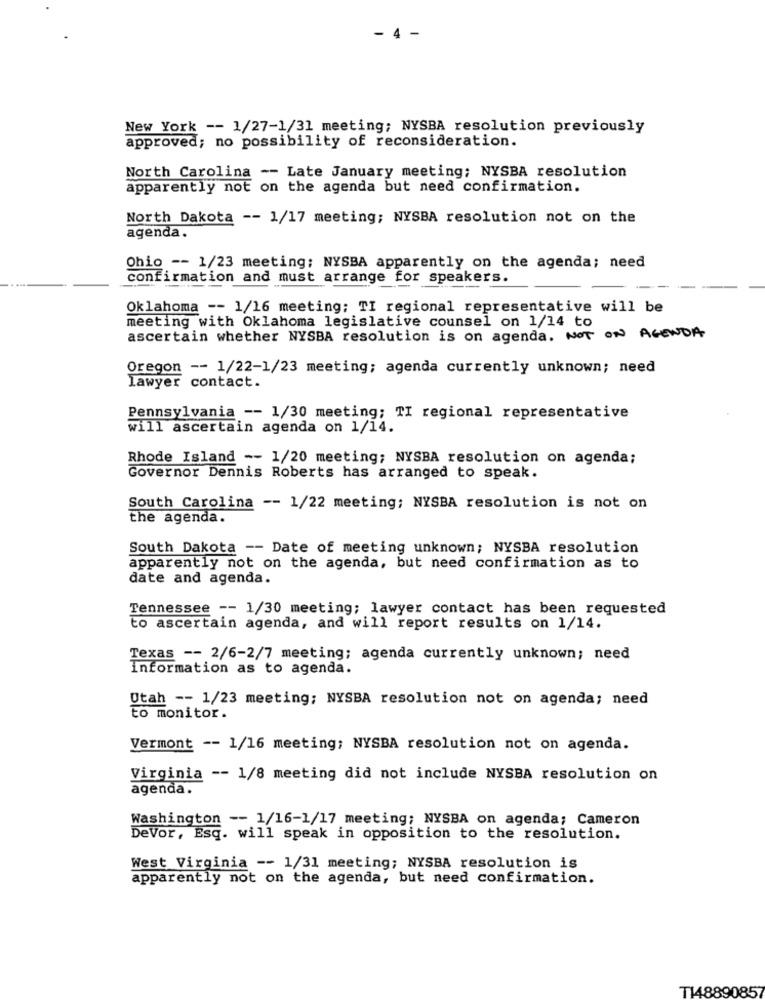
- 4 -
New York -- 1/27-1/31 meeting; NYSBA resolution previously
approved; no possibility of reconsideration.
North Carolina -- Late January meeting; NYSBA resolution
apparently not on the agenda but need confirmation.
North Dakota -- 1/17 meeting; NYSBA resolution not on the
agenda.
Ohio -- 1/23 meeting; NYSBA apparently on the agenda; need
confirmation and must arrange for speakers.
Oklahoma -- 1/16 meeting; TI regional representative will be
meeting with Oklahoma legislative counsel on 1/14 to
ascertain whether NYSBA resolution is on agenda. NOT ON AGENDA
Oregon -- 1/22-1/23 meeting; agenda currently unknown; need
lawyer contact.
Pennsylvania -- 1/30 meeting; TI regional representative
will ascertain agenda on 1/14.
Rhode Island -- 1/20 meeting; NYSBA resolution on agenda;
Governor Dennis Roberts has arranged to speak.
South Carolina -- 1/22 meeting; NYSBA resolution is not on
the agenda.
South Dakota -- Date of meeting unknown; NYSBA resolution
apparently not on the agenda, but need confirmation as to
date and agenda.
Tennessee -- 1/30 meeting; lawyer contact has been requested
to ascertain agenda, and will report results on 1/14.
Texas -- 2/6-2/7 meeting; agenda currently unknown; need
Information as to agenda.
Utah -- 1/23 meeting; NYSBA resolution not on agenda; need
to monitor.
Vermont -- 1/16 meeting; NYSBA resolution not on agenda.
Virginia -- 1/8 meeting did not include NYSBA resolution on
agenda.
Washington -- 1/16-1/17 meeting; NYSBA on agenda; Cameron
DeVor, Esq. will speak in opposition to the resolution.
West Virginia -- 1/31 meeting; NYSBA resolution is
apparently not on the agenda, but need confirmation.
T148890857